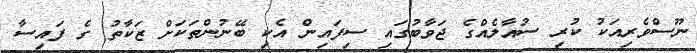
ނޫސްވެރިިއަކު ކުރި ސުއާލެއްގެ ޖަވާބުގައި ސިފައިން އެކި ބޭނުންތަކަށް ޒަކާތު ގެ ފައިސާ